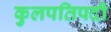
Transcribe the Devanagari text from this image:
कुलपतिपदी